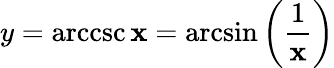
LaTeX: y=\operatorname{arccsc}\mathbf{x}=\arcsin\left({\frac{{1}}{{\mathbf{x}}}}\right)